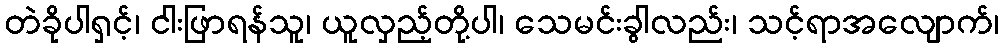
တဲခိုပါရှင့်၊ ငါးဖြာရန်သူ၊ ယူလှည့်တို့ပါ၊ သေမင်းခွါလည်း၊ သင့်ရာအလျောက်၊